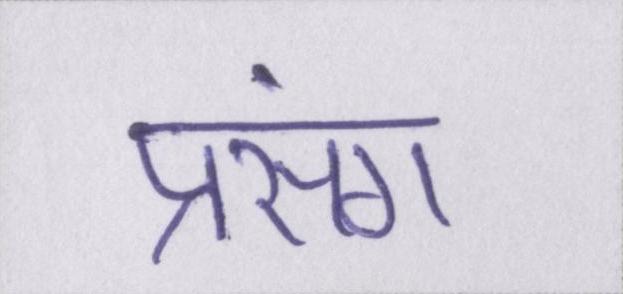
प्रसंग